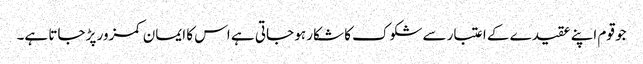
جو قوم اپنے عقیدے کے اعتبار سے شکوک کا شکار ہو جاتی ہے اس کا ایمان کمزور پڑ جاتا ہے۔